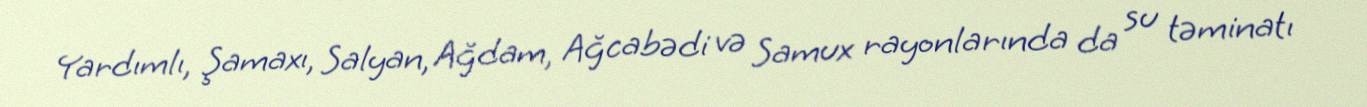
Yardımlı, Şamaxı, Salyan, Ağdam, Ağcabədi və Samux rayonlarında da su təminatı